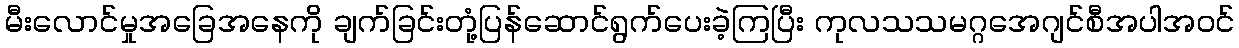
မီးလောင်မှုအခြေအနေကို ချက်ခြင်းတုံ့ပြန်ဆောင်ရွက်ပေးခဲ့ကြပြီး ကုလသသမဂ္ဂအေဂျင်စီအပါအဝင်